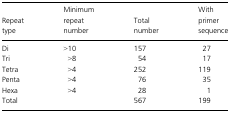
<table><thead><tr><td><b>Repeat type</b></td><td><b>Minimum repeat number</b></td><td><b>Total number</b></td><td><b>With primer sequence</b></td></tr></thead><tbody><tr><td>Di</td><td>&gt;10</td><td>157</td><td>27</td></tr><tr><td>Tri</td><td>&gt;8</td><td>54</td><td>17</td></tr><tr><td>Tetra</td><td>&gt;4</td><td>252</td><td>119</td></tr><tr><td>Penta</td><td>&gt;4</td><td>76</td><td>35</td></tr><tr><td>Hexa</td><td>&gt;4</td><td>28</td><td>1</td></tr><tr><td>Total</td><td></td><td>567</td><td>199</td></tr></tbody></table>